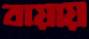
বায়ায়